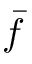
\bar { f }